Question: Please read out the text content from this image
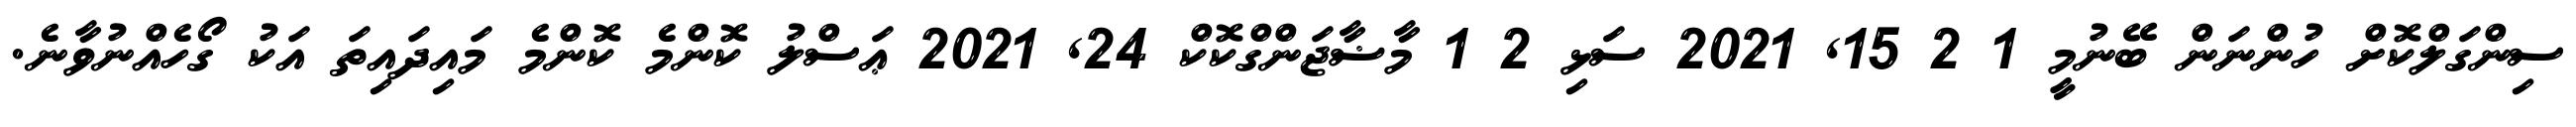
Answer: ސިންގަލްކޮށް ހުންނަން ބޭނުމީ 1 2 15, 2021 ސަޅި 2 1 މާޟާޖަންގްކޮކް 24, 2021 ޢަސްލު ކޮންމެ ކޮންމެ މައިދައިތަ އަކު ގޯހެއްނުވާނެ.